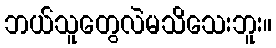
ဘယ်သူတွေလဲမသိသေးဘူး။